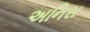
અનિસ